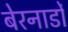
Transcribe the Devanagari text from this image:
बेरनार्डो